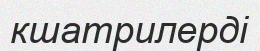
кшатрилерді